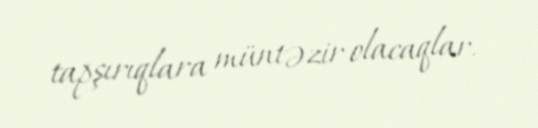
tapşırıqlara müntəzir olacaqlar.